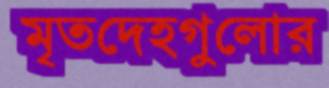
মৃতদেহগুলোর